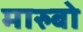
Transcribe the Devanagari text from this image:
मारुबो